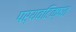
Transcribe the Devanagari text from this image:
पर्यवटिक्षत